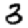
Digit: 3